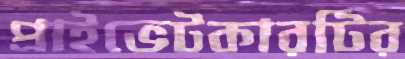
প্রাইভেটকারটির